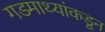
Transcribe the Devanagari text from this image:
गडमाथ्यांकडून